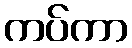
ကပ်ကာ